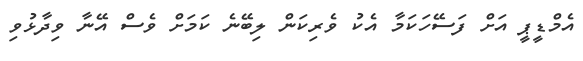
އެމްޑީޕީ އަށް ފަސޭހަކަމާ އެކު ވެރިކަން ލިބޭނެ ކަމަށް ވެސް އޭނާ ވިދާޅުވި